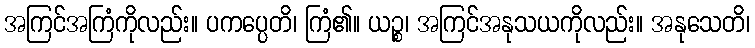
အကြင်အကြံကိုလည်း။ ပကပ္ပေတိ၊ ကြံ၏။ ယဉ္စ၊ အကြင်အနုသယကိုလည်း။ အနုသေတိ၊